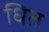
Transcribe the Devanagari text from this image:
धित